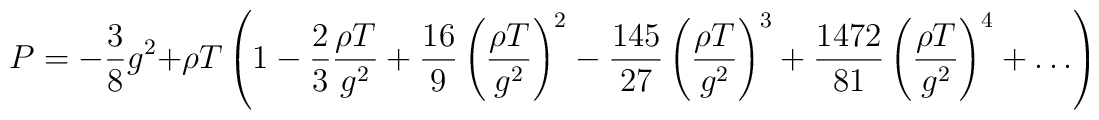
P = -\frac{3}{8} g^2 + \rho T \left( 1 -\frac{2}{3} \frac{\rho T}{g^2 }+ \frac{16}{9} \left( \frac{\rho T}{g^2 } \right)^{2} -\frac{145}{27} \left( \frac{\rho T}{g^2 } \right)^{3} +\frac{1472}{81} \left( \frac{\rho T}{g^2 } \right)^{4} + \ldots \right)